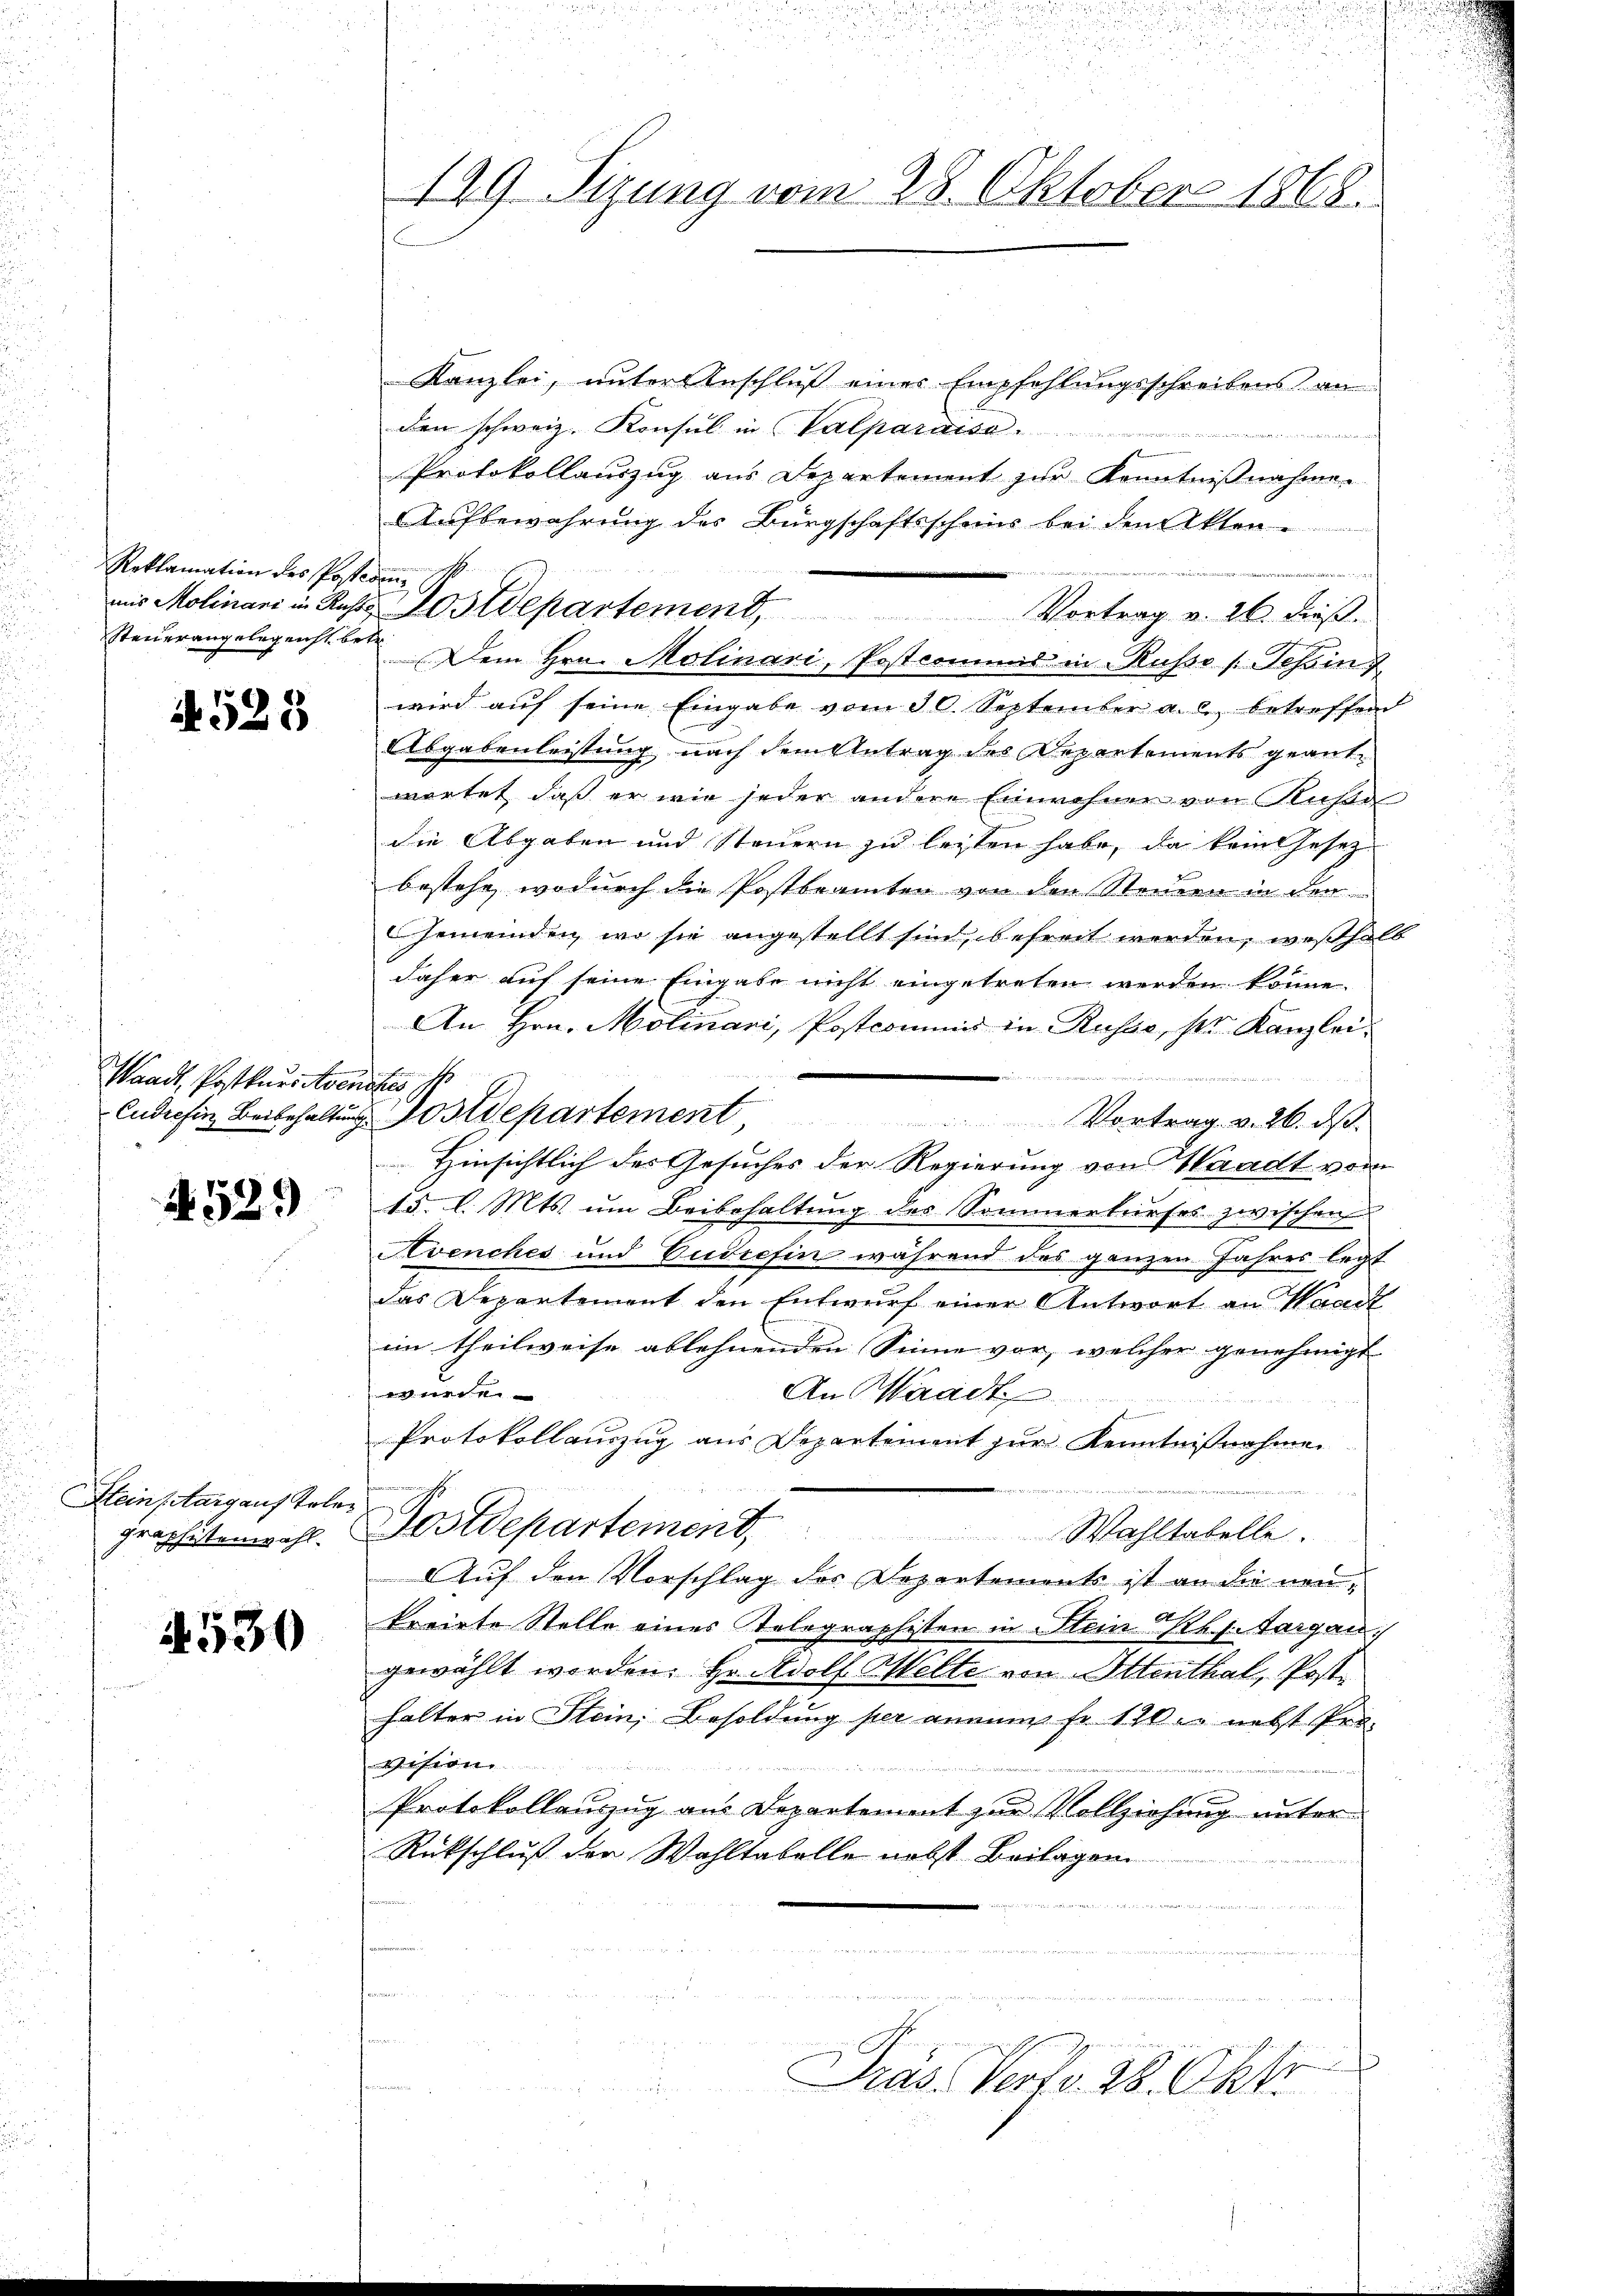
Reklamation des Posterm 11.
Steuerangelegenst betr.

N 523

Waadt, Postkursitzen
Cudrefin Beibehaltung.

A529)

Stein Aargauf Toler
graphistenwahl.

4530

199 Sizung vom 28. Oktober 1868.

Kanzlei, unter Anschluß eines Empfehlungsschreibens an
den schweiz. Konsul in Valparaiso

Protokollauszug aus Departement zur Kenntnißnahme.
Aufbewahrung des Bürgschaftsschens bei den Akten.
ans Molinari in Ruste Postdepartement, Vortrag v. 26. dieβ.
wird aŭf seine Eingabe vom 30. September a. c. betreffend
Abgabenleistung nach dem Antrag des Repartements geantwortet, daß er wie jeder andere Einwohner von Kassa
die Abgaben und Steuern zu leisten habe, da kein Gesez
bestehe, wodurch die Postbeamten von den Steuern in den
Gemeinden, wo sie angestellt sind, befreit werden, weßhalb
daher auf seine Eingabe nicht eingetreten werden könne.
An Hrn. Molinari, Postcommis in Russe, ser Kanzlei
Ehereitetenten
 Hinsichtlich des Gesuches der Regierung von Waadt vom
15. l. Mts. um Beibehaltung des Sommerturfes zwischen
Avenches und Cudichin während des ganzen Jahres legt
das Departement den Entwurf einer Antwort an Waadt
im theilweise ablehnenden Sinne vor, welcher genehmigt
wurde
An Waadt
Protokollauszug aus Departement zur Kenntnißnahme

.
Postdepartement,
Wahltabelle.
Auf den Vorschlag des Departements ist an die neukreiete Stelle eines Telegraphisten in Stein K. h. Sargau,
gewählt worden. Er Adolf Welte von Ottenthal, Posthalter in Stein, Besoldung her annum so 12ten nebst Per-
vision
Protokollauszug aus Departement zur Vollziehung unter
Rückschluß der Wahltabelle nebst Beilagen

 ten
s
f
Präs. Verf. 28. Okto

rte s

Dem Hrn. Molinari, Postcommis in Russe (Tessin

Postdepartement Vortrag v. 26. dβ

t

9